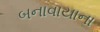
બનાવાયાના